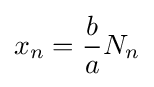
{\displaystyle x_{n}={\frac {b}{a}}N_{n}}